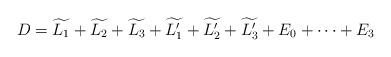
LaTeX: \begin{align*}D = \widetilde{L_1} + \widetilde{L_2} + \widetilde{L_3}+ \widetilde{L_1'}+ \widetilde{L_2'}+ \widetilde{L_3'} +E_0 + \cdots +E_3\end{align*}